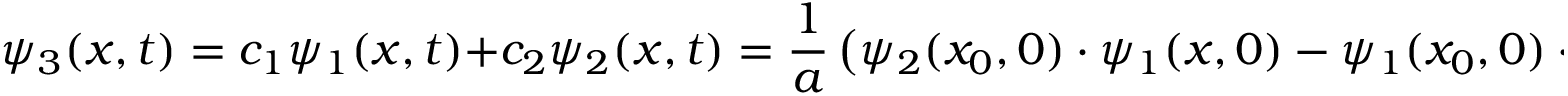
\psi _ { 3 } ( x , t ) = c _ { 1 } \psi _ { 1 } ( x , t ) + c _ { 2 } \psi _ { 2 } ( x , t ) = { \frac { 1 } { a } } \left( \psi _ { 2 } ( x _ { 0 } , 0 ) \cdot \psi _ { 1 } ( x , 0 ) - \psi _ { 1 } ( x _ { 0 } , 0 ) \cdot \psi _ { 2 } ( x , 0 ) \right) \cdot e ^ { - i E _ { g } t / \hbar }